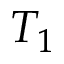
T _ { 1 }